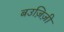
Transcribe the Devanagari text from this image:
बउज़िज़ी